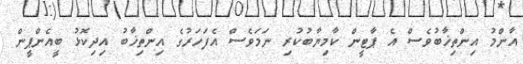
އާންމު އިންތިޚާބުވެސް އެ ޕާޓީން ކާމިޔާބުކުރި ނަމަވެސް އެފަހަރުގެ އިންތިޚާބު އިދިކޮޅު ބީއެންޕީން